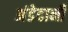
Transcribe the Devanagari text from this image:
अंडेदानी